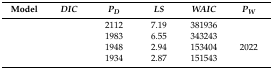
<table><thead><tr><td><b>Model</b></td><td><b><i>DIC</i></b></td><td><b><i>P<sub>D</sub></i></b></td><td><b><i>LS</i></b></td><td><b><i>WAIC</i></b></td><td><b><i>P<sub>W</sub></i></b></td></tr></thead><tbody><tr><td>[EMPTY_CELL]</td><td>[EMPTY_CELL]</td><td>2112</td><td>7.19</td><td>381936</td><td>[EMPTY_CELL]</td></tr><tr><td>[EMPTY_CELL]</td><td>[EMPTY_CELL]</td><td>1983</td><td>6.55</td><td>343243</td><td>[EMPTY_CELL]</td></tr><tr><td>[EMPTY_CELL]</td><td>[EMPTY_CELL]</td><td>1948</td><td>2.94</td><td>153404</td><td>2022</td></tr><tr><td>[EMPTY_CELL]</td><td>[EMPTY_CELL]</td><td>1934</td><td>2.87</td><td>151543</td><td>[EMPTY_CELL]</td></tr></tbody></table>